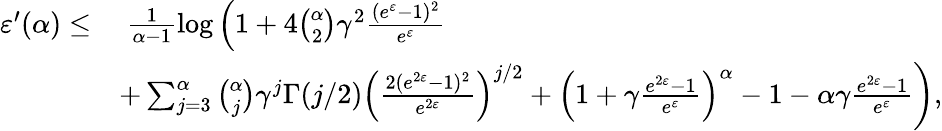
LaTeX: \begin{array}{rl}{\varepsilon^{\prime}(\alpha)\leq}&{\ \frac{1}{\alpha-1}\log\left(1+4\binom{\alpha}{2}\gamma^{2}\frac{(e^{\varepsilon}-1)^{2}}{e^{\varepsilon}}\right.}\\ &{+\left.\sum_{j=3}^{\alpha}\binom{\alpha}{j}\gamma^{j}\Gamma(j/2)\left(\frac{2(e^{2\varepsilon}-1)^{2}}{e^{2\varepsilon}}\right)^{j/2}+\left(1+\gamma\frac{e^{2\varepsilon}-1}{e^{\varepsilon}}\right)^{\alpha}-1-\alpha\gamma\frac{e^{2\varepsilon}-1}{e^{\varepsilon}}\right),}\end{array}